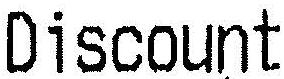
DISCOUNT